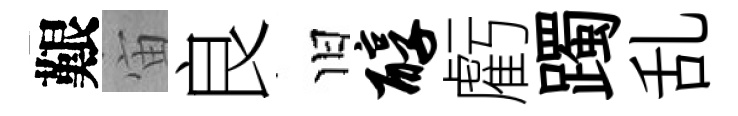
艱宙良旧醇虧躅乱